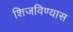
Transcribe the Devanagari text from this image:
शिजविण्यास